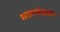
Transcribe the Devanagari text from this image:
महामंडळा